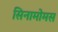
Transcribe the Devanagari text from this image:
सिनामोमस